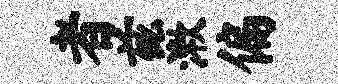
者兹漱偏